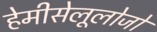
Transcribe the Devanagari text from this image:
हेमीसेलूलोजों